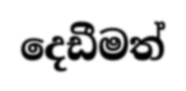
දෙඩීමත්